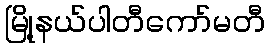
မြို့နယ်ပါတီကော်မတီ